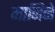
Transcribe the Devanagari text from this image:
मानिने